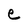
Character: e